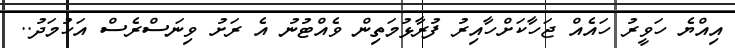
އިއްޔެ ހަވީރު ހައެއް ޖަހާކަށްހާއިރު ފުރާޅުމަތިން ވެއްޓުނު އެ ރަށު ވިނަސްރެސް އަހުމަދު..